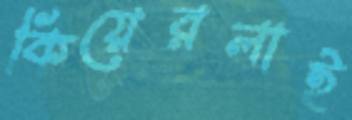
কিয়েরলাই